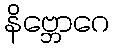
နိဗ္ဘောဂေ